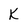
Character: K